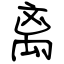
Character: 离